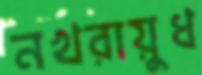
নখরায়ুধ